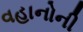
વહાનોની